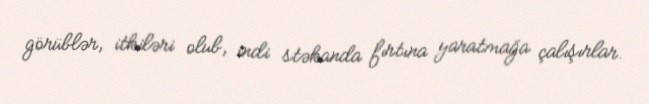
görüblər, itkiləri olub, indi stəkanda fırtına yaratmağa çalışırlar.